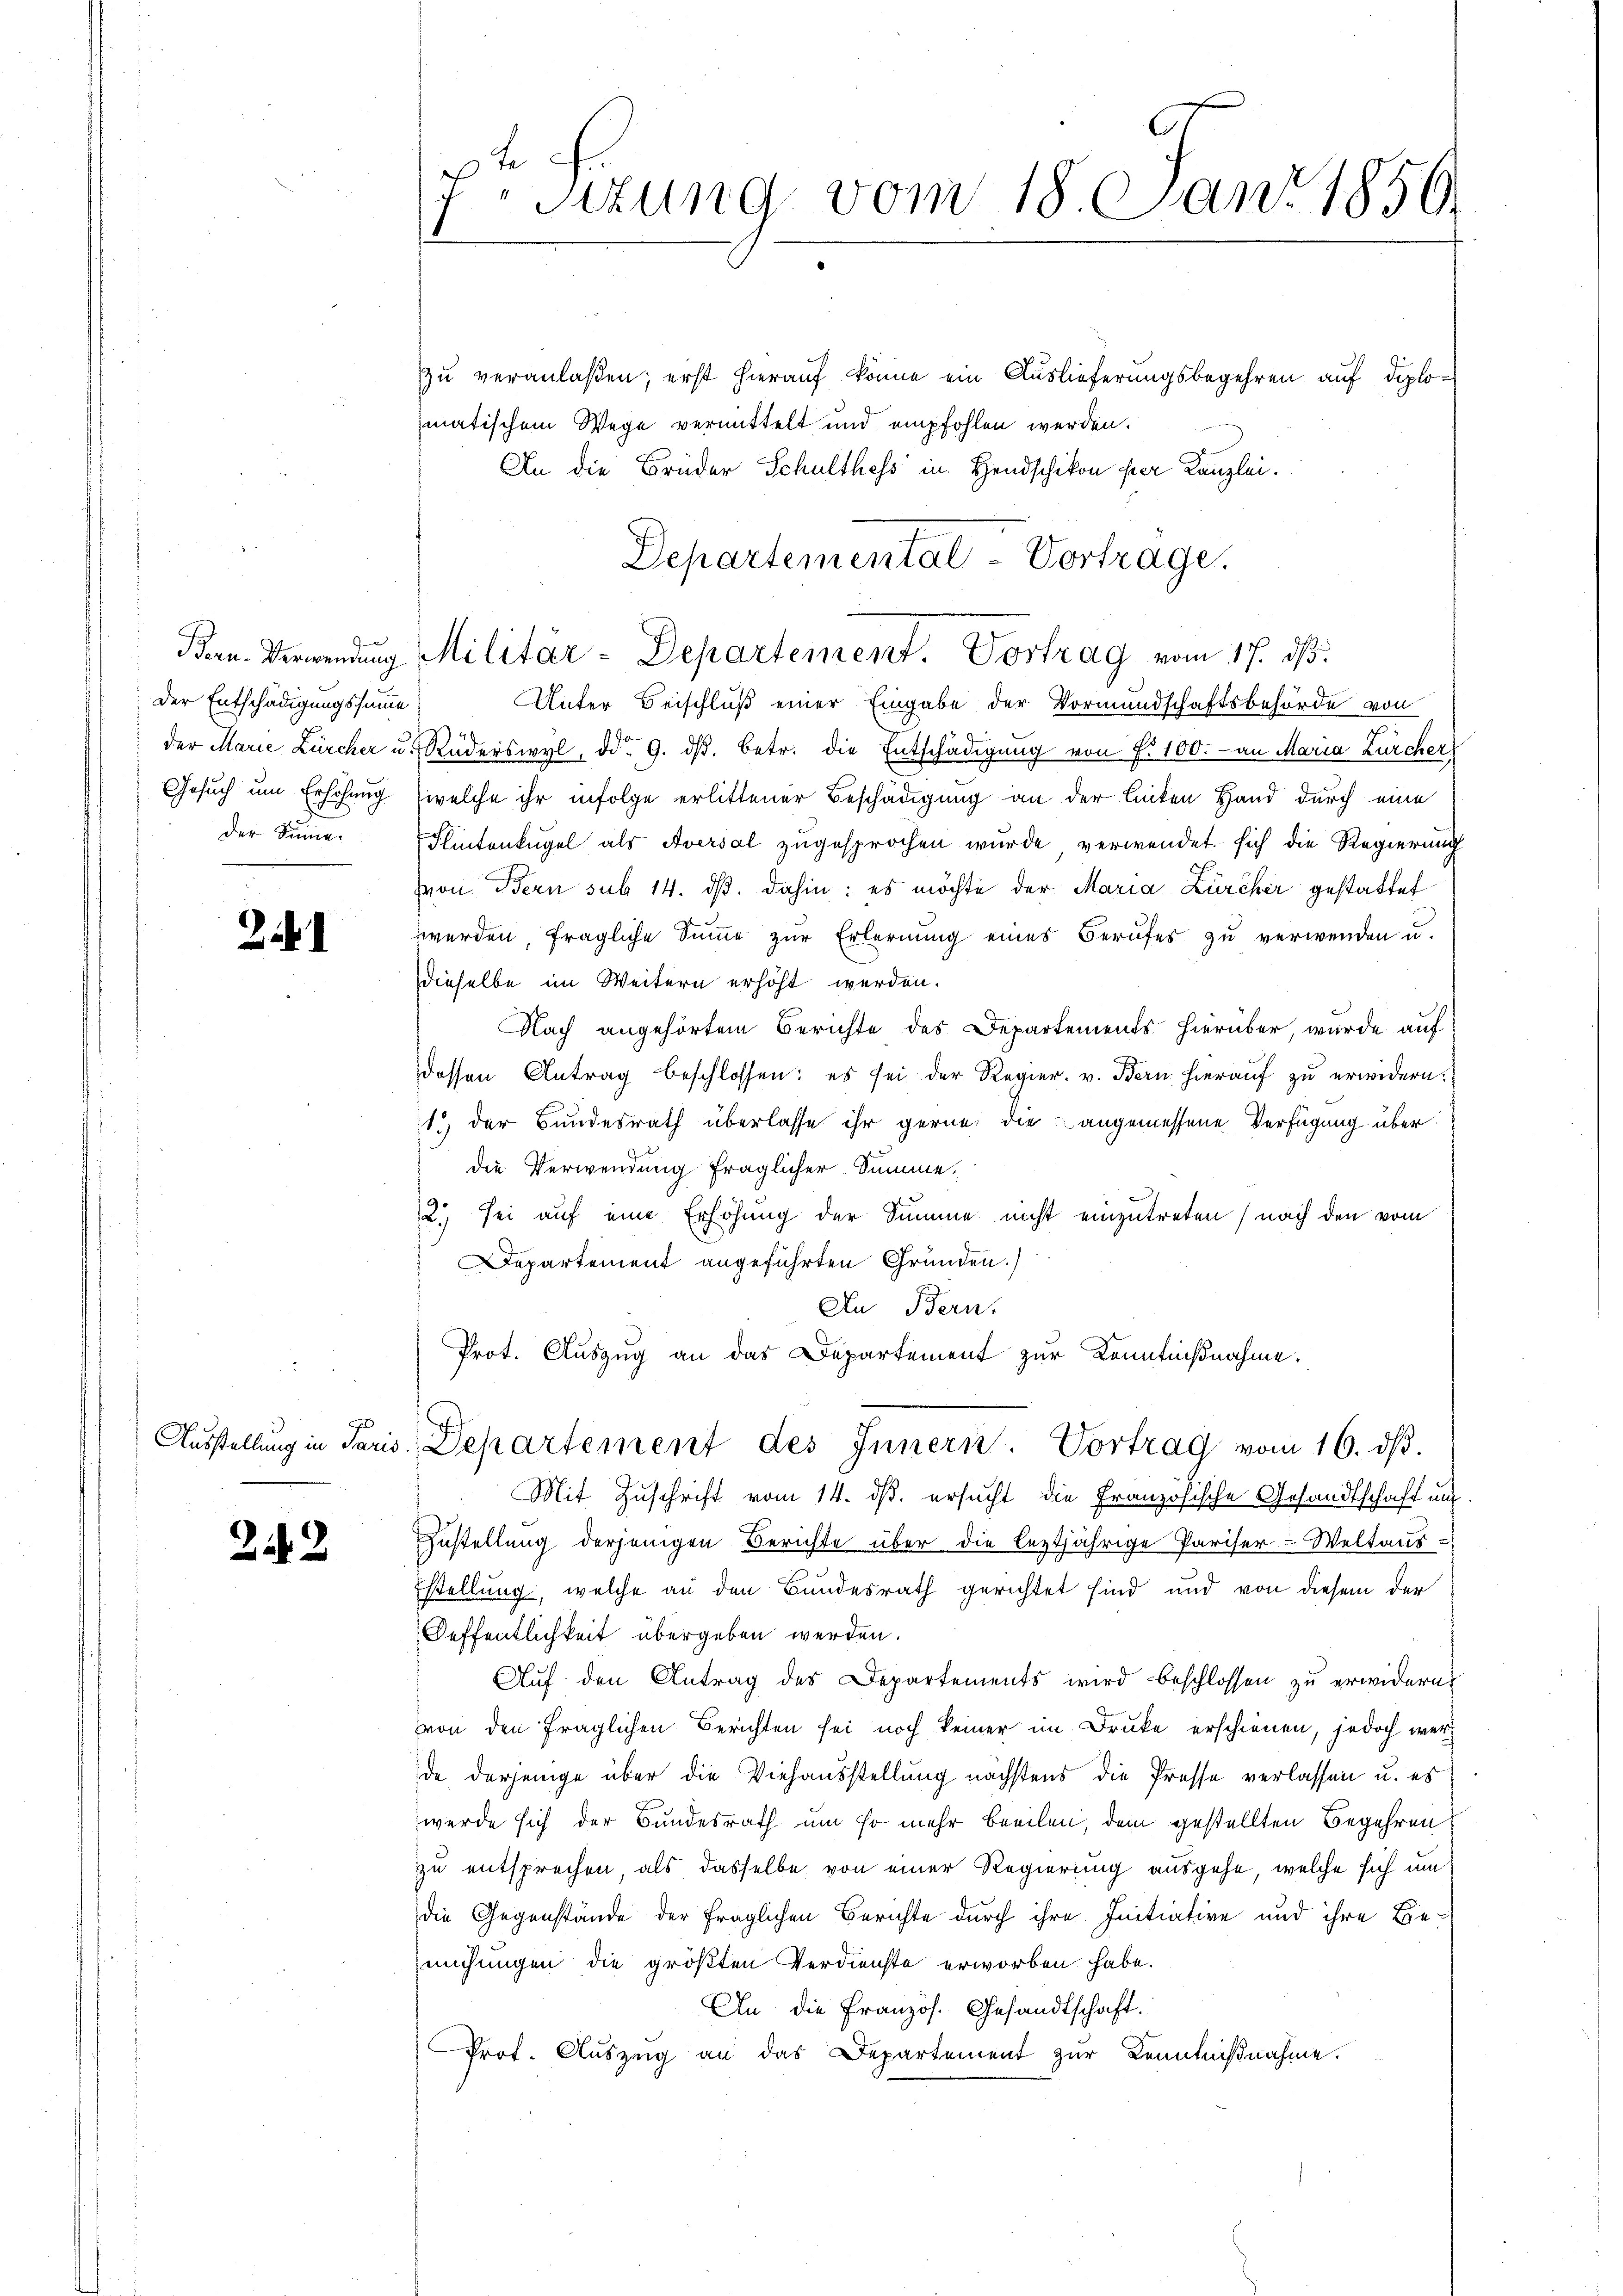
Der Entschädigungssumme
Gesuch um Erhöhung
Der Summe.

Zi

22

x. Sizung vom 18. Jan. 1850.

zu veranlaßen; erst hierauf könne ein Auslieferungsbegehren auf diplomatischem Wege vermittelt und empfohlen werden.
An die Brüder Schulthess in Handschikon per Kanzlei.
Unter Beischluß einer Eingabe der Vormundschaftsbehörde von
der Marie Zürcher u. Süderswyl ddo 9. dβ. betr. die Entschädigung von P. 100.- an Maria Zürcher
welche ihr infolge erlittener Beschädigung an der linken Hand durch eine
Flintenkugel als Aversal zugesprochen wurde verwendet sich die Regierung
von Bern sub 14. dβ. dahin: es möchte der Maria Zürcher gestattet
werden, fragliche Summe zur Erlernung eines Berufes zu verwenden u.
dieselbe im Weitern erhöht werden.
Nach angehörtem Berichte des Departements hierüber, wurde auf
dessen Antrag beschlossen: es sei der Regier. v. Bern hieraŭf zŭ erwidern.
1.) der Bundesrath überlasse ihr gerne die angemessene Verfügung über
die Verwendung fraglicher Summe.
2. sei auf eine Erhöhung der Summe nicht einzutreten, nach den vom
Departement angeführten Gründen.)
An Bern.
Prot. Auszug an das Departement zur Kenntnißnahme.
Aŭsstellŭng in Paris Departement des Innern. Vortrag vom 16. dβ.
Mit Zuschrift vom 14. ds. ersucht die Französische Gesandtschaft und
Zustellung derjenigen Berichte über die leztjährige Pariser-Weltaus-
stellung, welche an den Bundesrath gerichtet sind und von diesem der
Oeffentlichkeit übergeben werden.
Auf den Antrag des Departements wird beschlossen zu erwidern.
hvon den fraglichen Berichten sei noch keiner im Druke erschienen, jedoch werde derjenige über die Viehausstellung nächstens die Presse verlassen u. es
werde sich der Bundesrath um so mehr beeilen, dem gestellten Begehren
zu entsprechen, als dasselbe von einer Regierung ausgehe, welche sich um
die Gegenstände der fraglichen Berichte durch ihre Initiative und ihre Be-
mühungen die größten Verdienste erworben habe.
An die Französ. Gesandtschaft.
Prof. Auszeig an das Departement zur Kenntniβnahme.

Ban. Verwendung Militär-Departement. Vortrag vom 17. dß.

Departemental Vortrage.